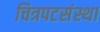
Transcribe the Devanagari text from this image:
चित्रपटसंस्था